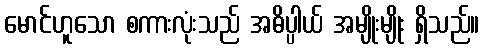
မောင်ဟူသော စကားလုံးသည် အဓိပ္ပါယ် အမျိုးမျိုး ရှိသည်။